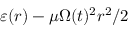
\varepsilon ( r ) - \mu \Omega ( t ) ^ { 2 } r ^ { 2 } / 2